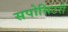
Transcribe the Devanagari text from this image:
सपोसिटरी